Scottish Certificate of Education, 1963
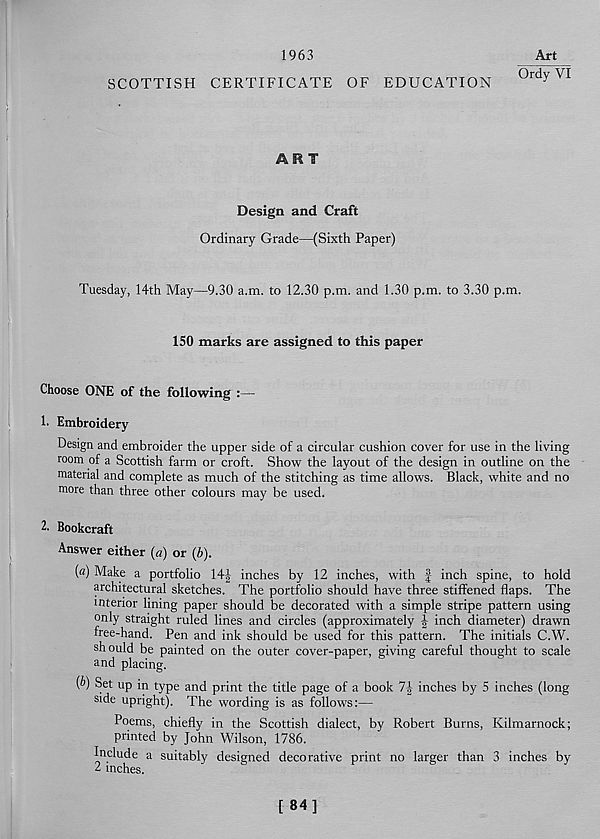
1963
Art
SCOTTISH CERTIFICATE OF EDUCATION
0rd y VI
ART
Design and Craft
Ordinary Grade—(Sixth Paper)
Tuesday, 14th May—9.30 a.m. to 12.30 p.m. and 1.30 p.m. to 3.30 p.m.
150 marks are assigned to this paper
Choose ONE of the following :—
1. Embroidery
Design and embroider the upper side of a circular cushion cover for use in the living
room of a Scottish farm or croft. Show the layout of the design in outline on the
material and complete as much of the stitching as time allows. Black, white and no
more than three other colours may be used.
2. Bookcraft
Answer either (a) or (b).
(a) Make a portfolio 14J inches by 12 inches, with f inch spine, to hold
architectural sketches. The portfolio should have three stiffened flaps. The
interior lining paper should be decorated with a simple stripe pattern using
only straight ruled lines and circles (approximately J inch diameter) drawn
free-hand. Pen and ink should be used for this pattern. The initials C.W.
should be painted on the outer cover-paper, giving careful thought to scale
and placing.
(&) Set up in type and print the title page of a book 7§ inches by 5 inches (long
side upright). The wording is as follows:—
Poems, chiefly in the Scottish dialect, by Robert Burns, Kilmarnock;
printed by John Wilson, 1786.
Include a suitably designed decorative print no larger than 3 inches by
2 inches.
[ 84]